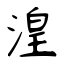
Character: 湟